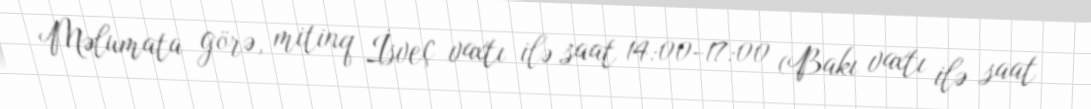
Məlumata görə, mitinq İsveç vaxtı ilə saat 14:00-17:00 (Bakı vaxtı ilə saat